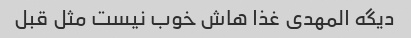
دیگه المهدی غذا هاش خوب نیست مثل قبل